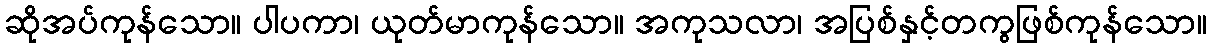
ဆိုအပ်ကုန်သော။ ပါပကာ၊ ယုတ်မာကုန်သော။ အကုသလာ၊ အပြစ်နှင့်တကွဖြစ်ကုန်သော။